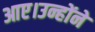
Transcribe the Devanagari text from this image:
आए।उन्होंने